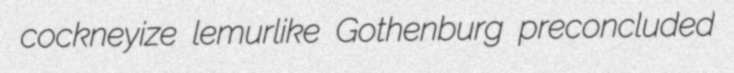
cockneyize lemurlike Gothenburg preconcluded